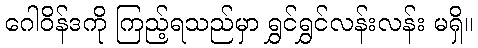
ဂေါဝိန်ဒကို ကြည့်ရသည်မှာ ရွှင်ရွှင်လန်းလန်း မရှိ။